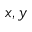
x , y